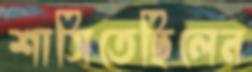
শাসিতেছিলেন